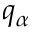
q _ { \alpha }